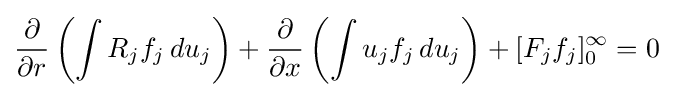
{\frac {\partial }{\partial r}}\left(\int R_{j}f_{j}\,du_{j}\right)+{\frac {\partial }{\partial x}}\left(\int u_{j}f_{j}\,du_{j}\right)+[F_{j}f_{j}]_{0}^{\infty }=0